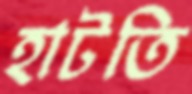
হাটতি